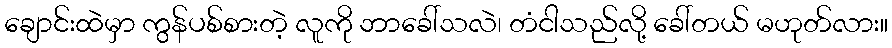
ချောင်းထဲမှာ ကွန်ပစ်စားတဲ့ လူကို ဘာခေါ်သလဲ၊ တံငါသည်လို့ ခေါ်တယ် မဟုတ်လား။